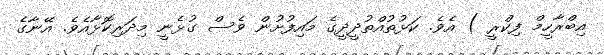
އިބްރާހީމް ފިކްރީ ) އެވެ. ކަޅުތުއްތުދީދީގެ މައިފުށުން ވެސް ގުޅެނީ މިދަރިކޮޅާއެވެ. އޭނާގެ